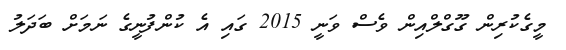
މީގެކުރިން ގޫގްލްއިން ވެސް ވަނީ 2015 ގައި އެ ކުންފުނީގެ ނަމަށް ބަދަލު